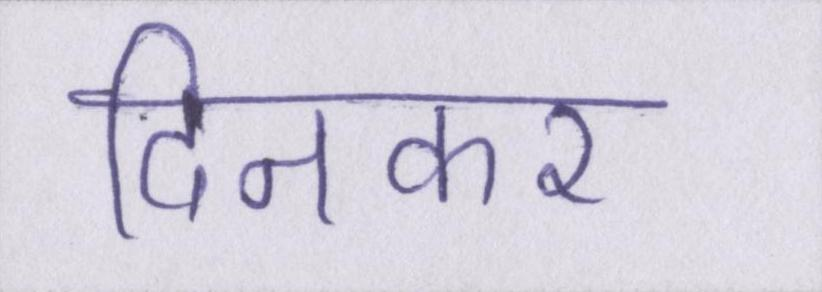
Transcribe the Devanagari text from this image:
दिनकर